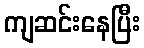
ကျဆင်းနေပြီး